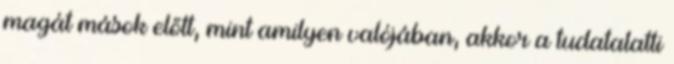
magát mások előtt, mint amilyen valójában, akkor a tudatalatti